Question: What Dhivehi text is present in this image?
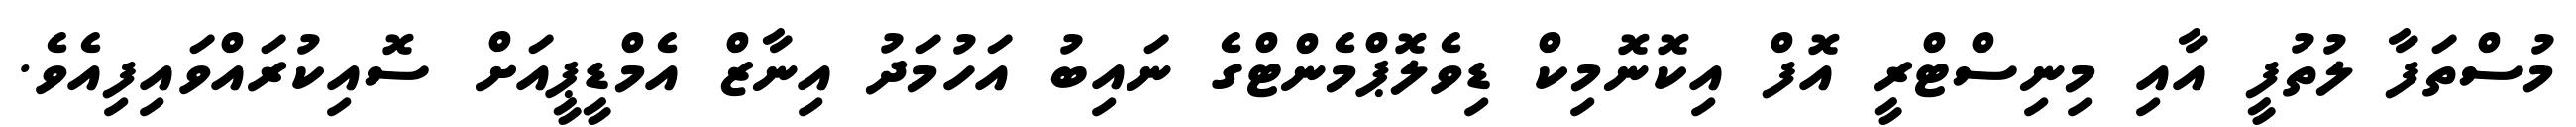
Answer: މުސްތަފާ ލުތުފީ އާއި މިނިސްޓްރީ އޮފް އިކޮނޮމިކް ޑިވެލޮޕްމެންޓްގެ ނައިބު އަހުމަދު އިނާޒް އެމްޑީޕީއަށް ސޮއިކުރައްވައިފިއެވެ.